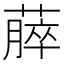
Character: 𫉡